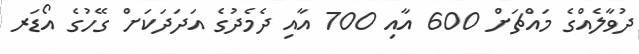
ދުވާލެއްގެ މައްޗަށް 600 އާއި 700 އާއި ދެމެދުގެ އަދަދަކަށް ގޭހުގެ އޯޑަރ